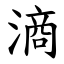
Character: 滳